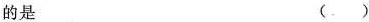
的是 ()